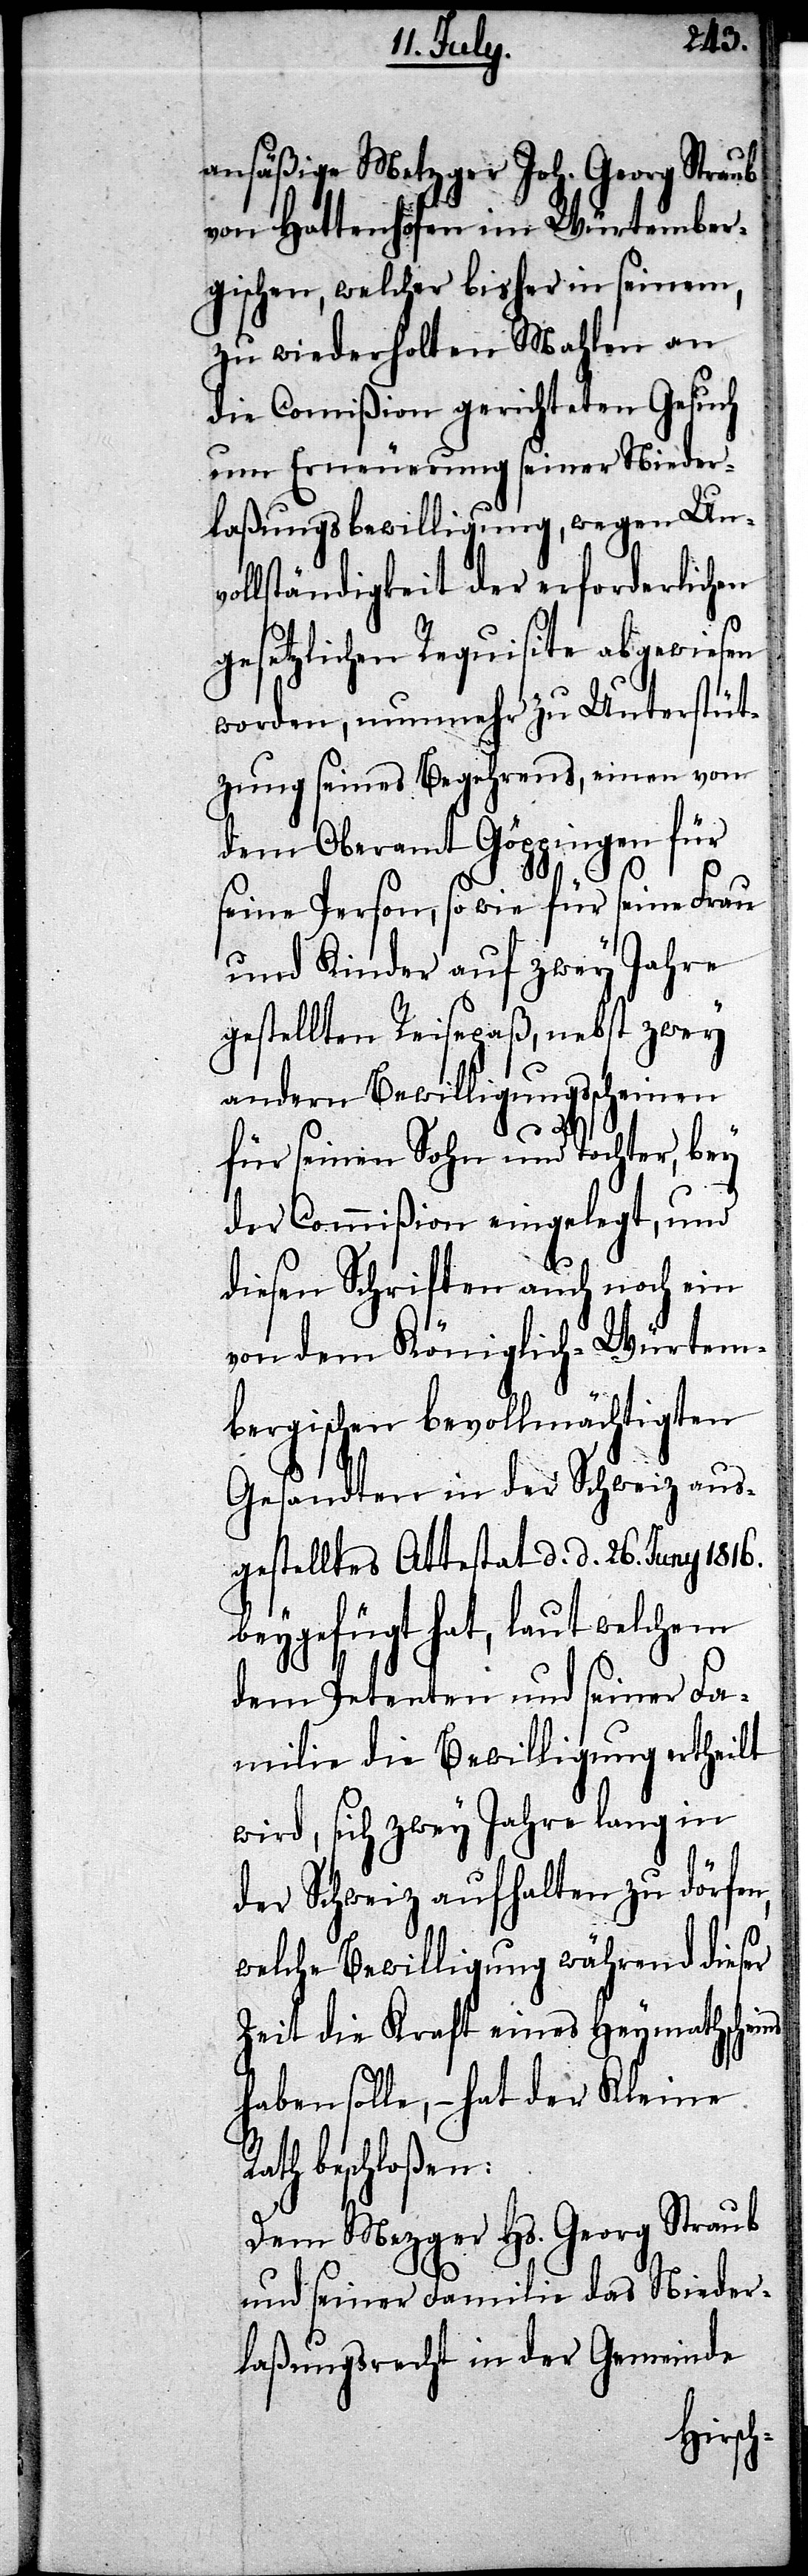
ansäßen Metzger Joh. Georg Straub
von Hattenhofen im Würtember¬
gischen, welcher bisher in seinem,
zu wiederholten Mahlen an
die Commißion gerichteten Gesuch
um Erneuerung seiner Nieder¬
laßungsbewilligung, wegen Unv¬
ollständigkeit der erforderlichen
gesetzlichen Requisite abgewiesen
worden, nunmehr zu Unterstüt¬
zung seines Begehrens, einen von
dem Oberamt Göppingen für
seine Person, so wie für seine Frau
und Kinder auf zwey Jahre
gestellten Reisepaß, nebst zwey
andern Bewilligungsscheinen
für seinen Sohn und Tochter, bey
der Commißion eingelegt, und
diesen Schriften auch noch ein
von dem Königlich-Würtem¬
bergischen bevollmächtigten
Gesandten ein der Schweiz aus¬
gestelltes Attestat d. d. 26. Juny 1816.
beygefügt hat, laut welchem
dem Petenten und seiner Fa¬
milie die Bewilligung ertheilt
wird, sich zwey Jahre lang in
der Schweiz aufhalten zu dörfen,
welche Bewilligung während dieser
Zeit die Kraft eines Heymathscheins
haben solle, – hat der Kleine
Rath beschloßen:
Dem Mezger Hs. Georg Straub
und seiner Familie das Nieder¬
laßungsrecht in der Gemeinde